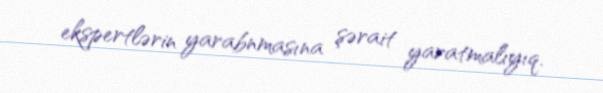
ekspertlərin yarabnmasına şərait yaratmalıyıq.